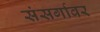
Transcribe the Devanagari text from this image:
संसर्गावर